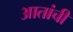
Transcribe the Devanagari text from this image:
आतांची